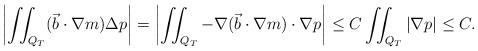
LaTeX: \begin{align*} \left| \iint_{Q_T} (\vec{b} \cdot \nabla m) \Delta p \right| = \left| \iint_{Q_T} - \nabla (\vec{b} \cdot \nabla m) \cdot \nabla p \right| \leq C \iint_{Q_T} |\nabla p| \leq C. \end{align*}